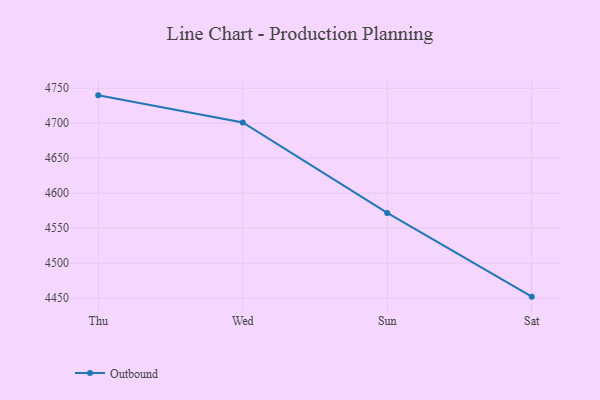
{"axis": {"x": "Day", "y": "Gross Profit (USD K)"}, "legend": ["Outbound"], "data": [{"x": "Thu", "y": 4739.8, "type": "Outbound"}, {"x": "Wed", "y": 4701.0, "type": "Outbound"}, {"x": "Sun", "y": 4571.7, "type": "Outbound"}, {"x": "Sat", "y": 4452.0, "type": "Outbound"}]}